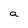
Character: a